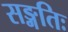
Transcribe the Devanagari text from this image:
सङ्गतिः